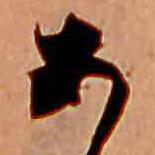
あ